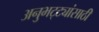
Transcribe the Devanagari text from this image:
अनुभट्ट्यांसाठी